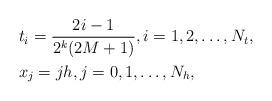
LaTeX: \begin{align*}\begin{aligned} &t_i=\frac{2i-1}{2^k(2M+1)},i=1,2,\ldots,N_t,\\ & x_j=jh,j=0,1,\ldots,N_h,\end{aligned}\end{align*}